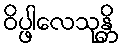
ဝိပ္ဖါလေသုန္တိ